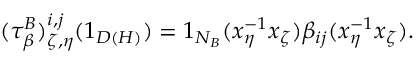
( \tau _ { \beta } ^ { B } ) _ { \zeta , \eta } ^ { i , j } ( 1 _ { D ( H ) } ) = 1 _ { N _ { B } } ( x _ { \eta } ^ { - 1 } x _ { \zeta } ) \beta _ { i j } ( x _ { \eta } ^ { - 1 } x _ { \zeta } ) .